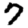
Digit: 7